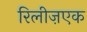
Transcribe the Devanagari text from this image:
रिलीज़एक